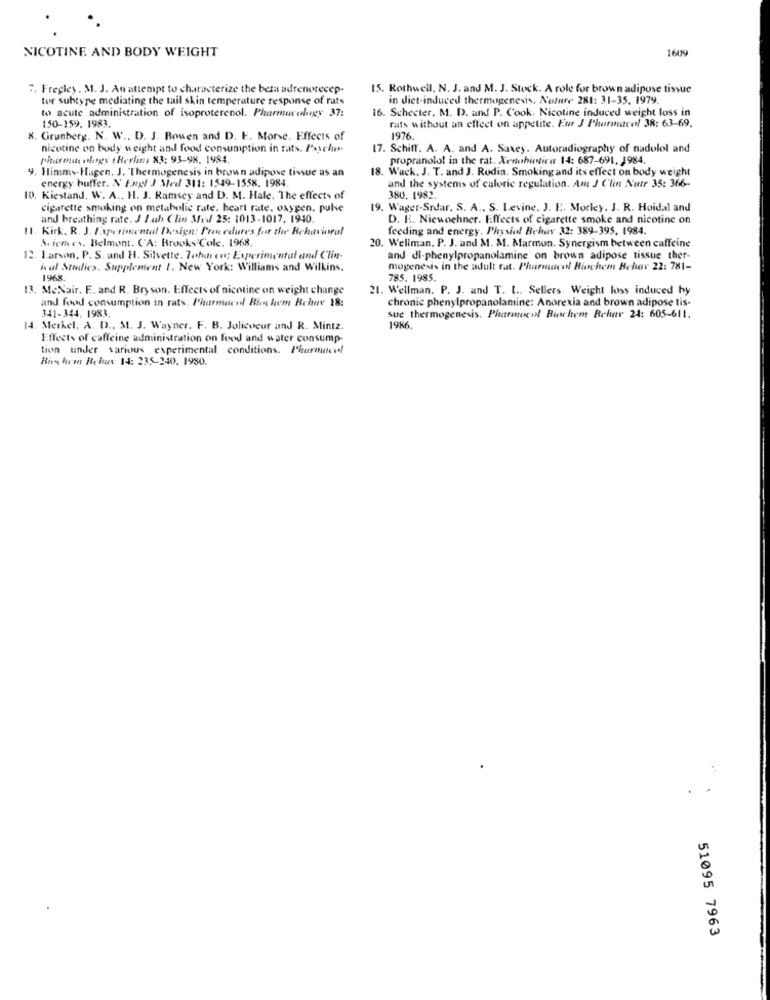
1609
NICOTINE AND BODY WEIGHT
7. Fregley. M. J. An attempt to characterize the beta adrenorecep-
15. Rothwell, N. J. and M. J. Stock. A role for brown adipose tissue
tur subtype mediating the tail skin temperature response of rats
in diet-induced thermogenesis. Nature 281: 31-35. 1979.
to acute administration of isoproterenol. Pharmacology 37:
16. Schecter. M. D. and P. Cook. Nicotine induced weight loss in
150-159. 1983.
rats without an effect on appetite. Eur J Pharmacol 38: 63-69.
8. Grunberg. N. W ., D. J. Bowen and D. F. Morse. Effects of
1976.
nicotine on body weight and food consumption in rats. Psycho-
17. Schiff. A. A. and A. Saxey. Autoradiography of nadolol and
pharmac ology ( Berlin, 83: 93-98. 1984.
propranolol in the rat. Xenobiotica 14: 687-691, 1984.
9. Himms-Hagen. J. Thermogenesis in brown adipose tissue as an
18. Wuck. J. T. and J. Rodin. Smoking and its effect on body weight
energy buffer. N Engl J Med 311: 1549-1558. 1984.
and the systems of caloric regulation. Am J Clin Nutr 35: 366-
10. Kiestand. W. A ., H. J. Ramsey and D. M. Hale. The effects of
380. 1982.
cigarette smoking on metabolic rate. heart rate. oxygen. pulse
19. Wager-Srdar, S. A ., S. Levine, J. E. Morley. J. R. Hoidal and
and breathing rate. J Iah Clin Med 25: 1013-1017, 1940.
D. H. Nicwochner. Effects of cigarette smoke and nicotine on
11. Kirk. R. J. Experimental Design: Pren edures for the Behavioral
feeding and energy. Physiol Behuv 32: 389-395. 1984.
Siemens, Belmont. CA: BrooksCole. 1968.
20. Wellman, P. J. and M. M. Marmon. Synergism between caffeine
12. Larson, P. S. and H. Silvette. Tohde en: Experimental and Clin-
and di-phenylpropanolamine on brown adipose tissue ther-
hal Studies. Supplement 1. New York: Williams and Wilkins.
mogenesis in the adult rat. Pharmacol Biochem Behav 22: 781-
1968
785. 1985.
13. MeNair. F. and R. Bryson. Effects of nicotine on weight change
21. Wellman. P. J. and T. L ., Sellers. Weight loss induced by
and food consumption in rats. Pharmaced Bien hem Behav 18:
chronic phenylpropanolamine: Anorexia and brown adipose tis-
341-344, 1983.
sue thermogenesis. Pharmacol Biochem Bekar 24: 605-611.
14. Merkel, A. D ., M. J. Wayner. F. B. Jolicoeur and R. Mintz.
1986.
Effects of caffeine administration on food and water consump-
tion under various experimental conditions. Pharmace!
Bien hran Behov 14: 235-240. 1980.
51095 7963